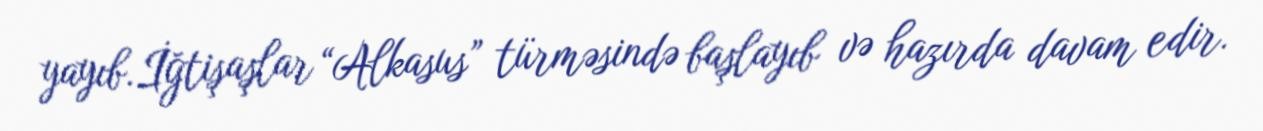
yayıb.İğtişaşlar “Alkasus” türməsində başlayıb və hazırda davam edir.